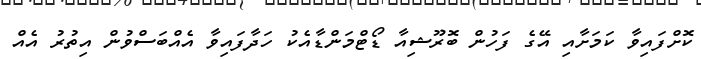
ކޮށްފައިވާ ކަމަށާއި އޭގެ ފަހުން ބޮރޫޝިއާ ޑޯޓްމަންޑާއެކު ހަދާފައިވާ އެއްބަސްވުން އިތުރު އެއް